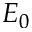
E _ { 0 }